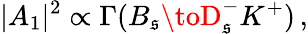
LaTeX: |A_{1}|^{2}\propto\Gamma(B_{\mathfrak{s}}\toD_{\mathfrak{s}}^{-}K^{+})\, ,